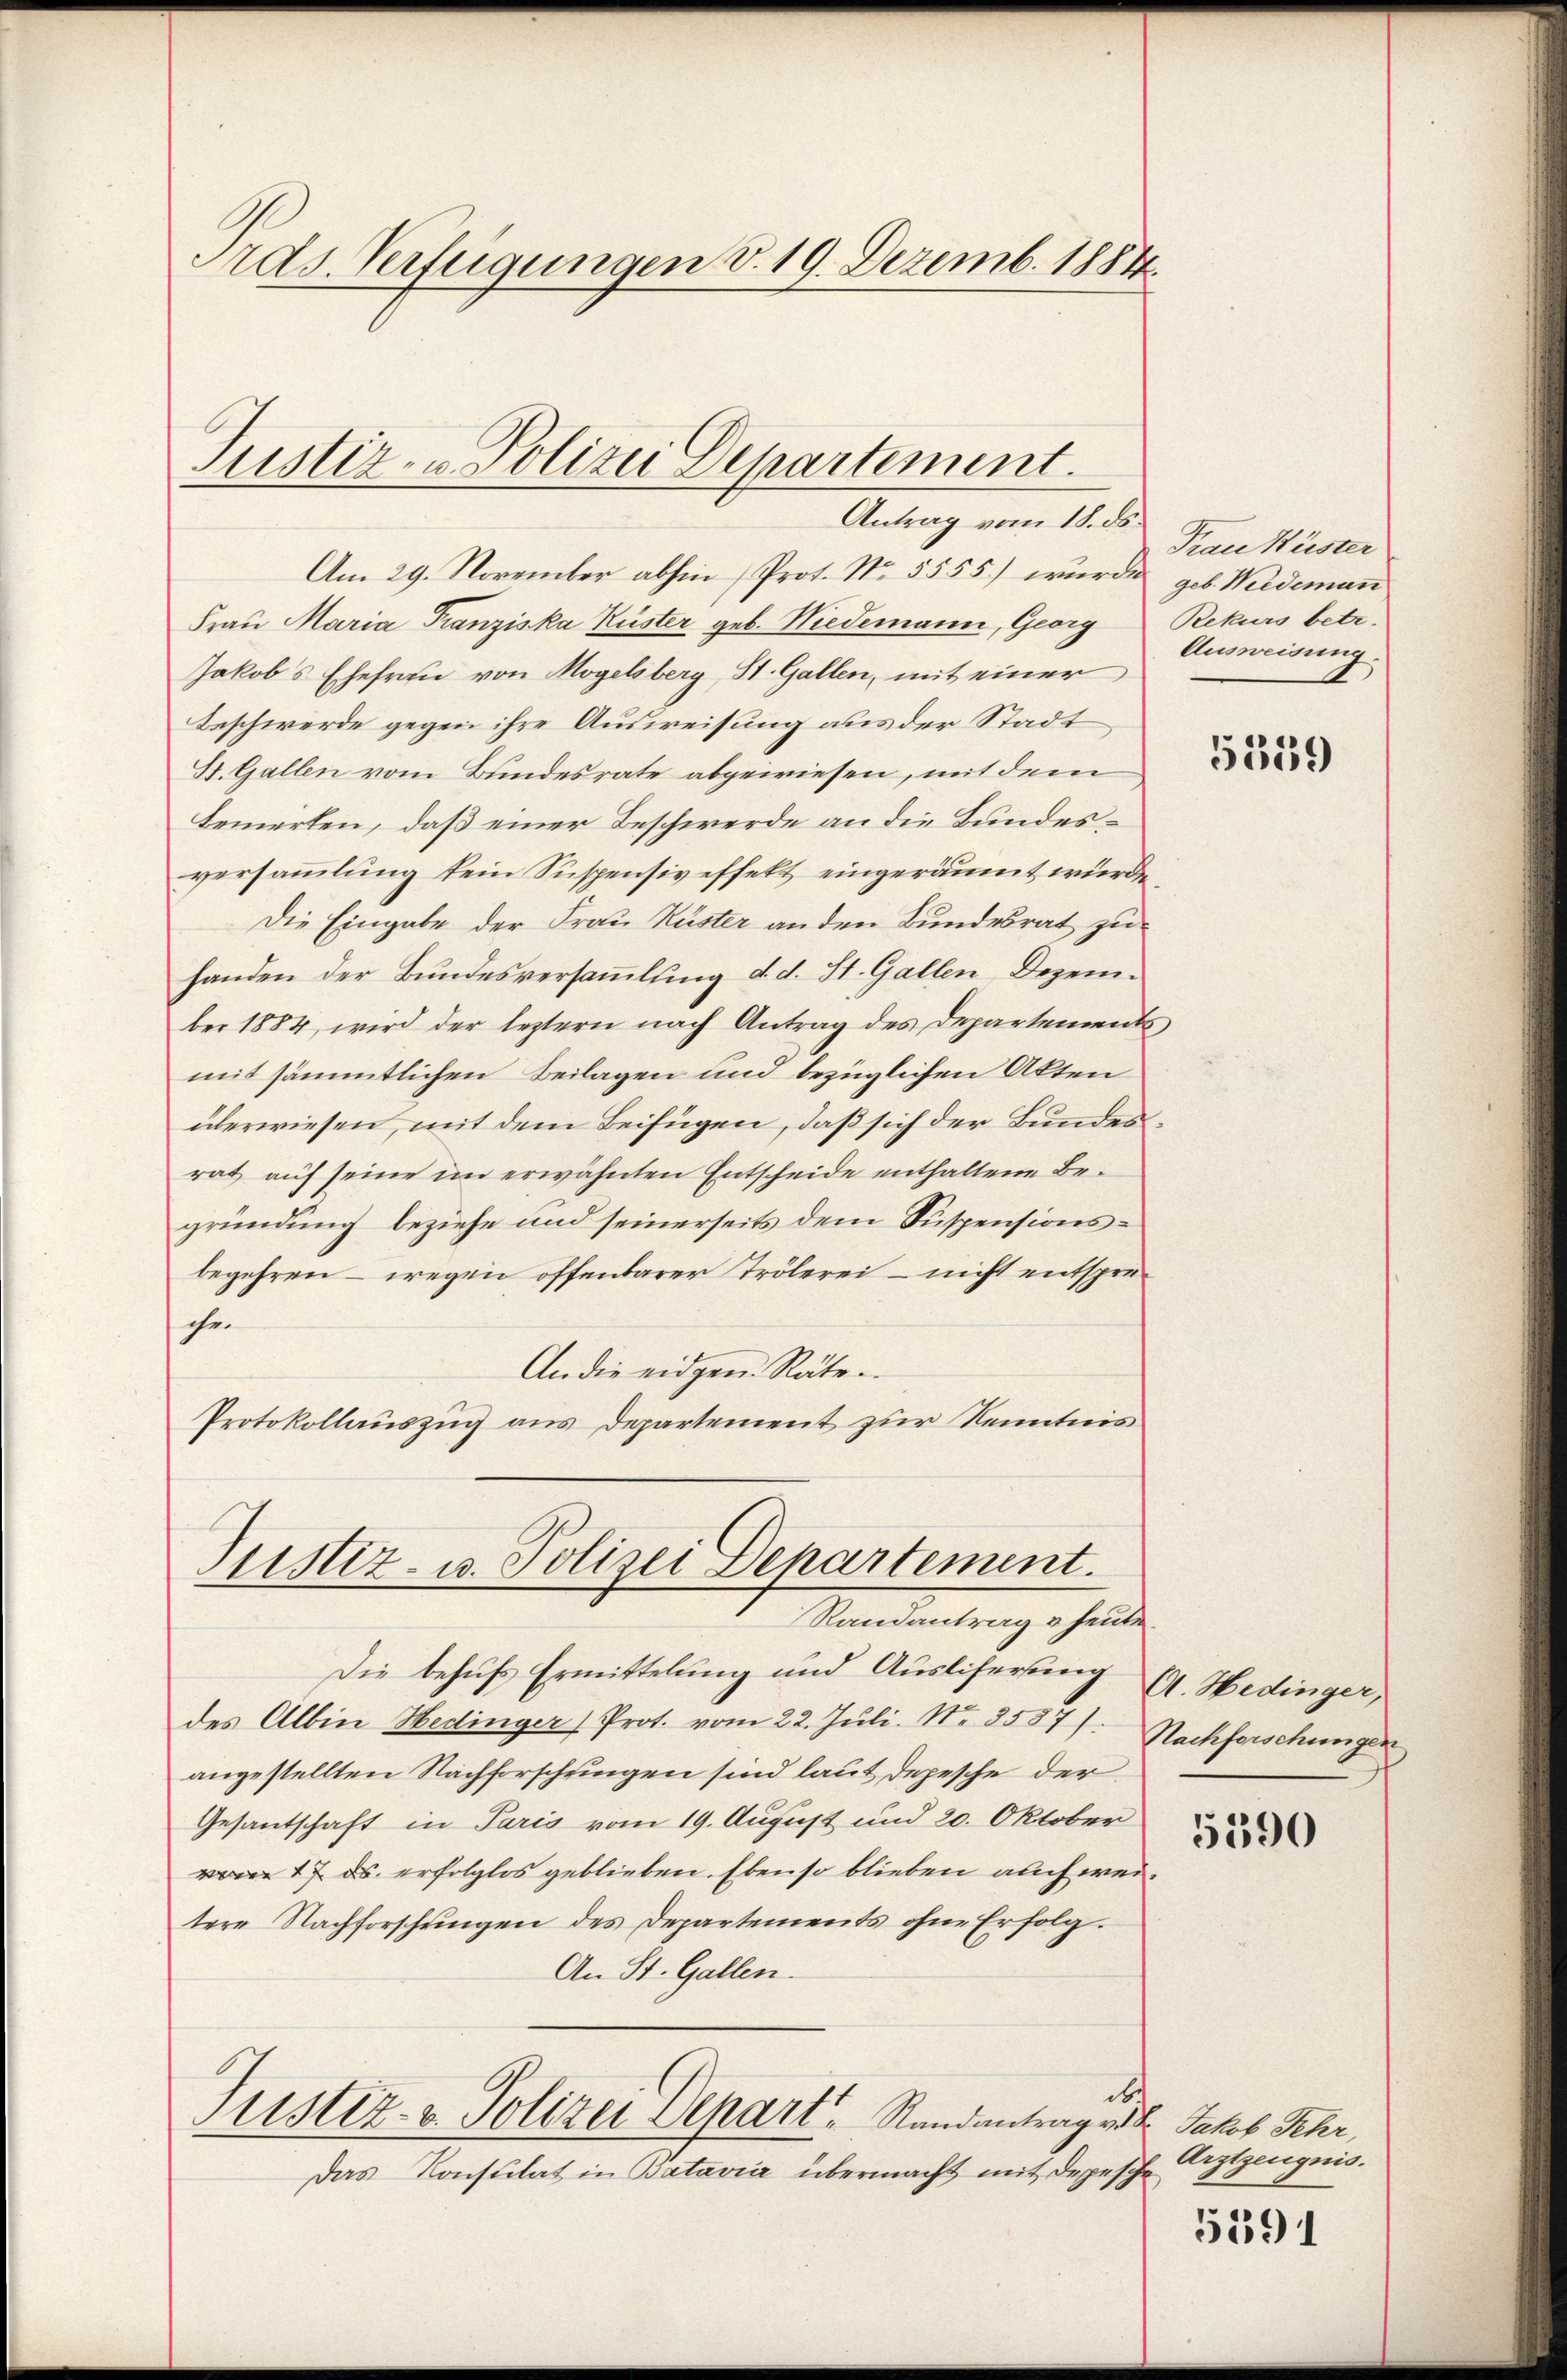
Ords. Verfügungen v. 19. Dezemb. 1884.

Am 29. November abhin (Prot. No. 5555) wurde geb. Weideman
Frau Maria Franziska Küster geb. Niedemann, Georg Rekurs betr.
Jakobs Ehefrau von Mogelsberg, St. Gallen, mit einer
Beschwerde gegen ihre Ausweisung aus der Stadt
St. Gallen vom Bundesrate abgewiesen, mit dem
bemerten, daß einer Beschwerde an die Bundesversammlung kein Suspensiveffekt eingeräumt würde,
Die Eingabe der Frau Küster an den Bundesrat zu
handen der Bundesversammlung d. d. St. Gallen Dezember 1884, wird der leztern nach Antrag des Departement
mit sämmtlichen Beilagen und bezüglichen Akten
überwiesen, mit dem Beifügen, daß sich der Bundesrat auf seine im erwähnten Entscheide enthaltene Begründung beziehe und seinerseits dem Suspensionsbegehren – wegen offenbarer Trölerei – nicht entsprechen
An die eidgen. Räten
Protokollauszug aus Departement zur Kenntnis

Justiz- & Polizei Departement.
Antrag vom 18. ds.

Justiz- u. Polizei Departement.
Randantrag u. heute.

Frau Küster
Ausweisung.

Die behufs Ermittelung und Ausliferung
des Albin Hedinger Prot. vom 22. Juli. No. 35871.
angestellten Nachforschringen sind laut depesche der
Gesantschaft in Paris vom 19. August und 20. Oktober
vom 17. ds. erfolglos geblieben. Ebenso blieben auch weitere Nachforschŭngen des Departements ohne Erfolg.
An St. Gallen.
d.
Justiz- u. Polizei Depart, Randantrag v. d. Jakob Fehr,
Das Konsulat in Batavia übermacht mit Depesche

A. Hedinger,
Nachforschungen

5359

5390

Arztzeugnis.

5191